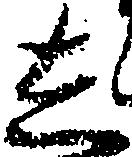
し